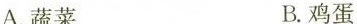
A.蔬菜 B.鸡蛋